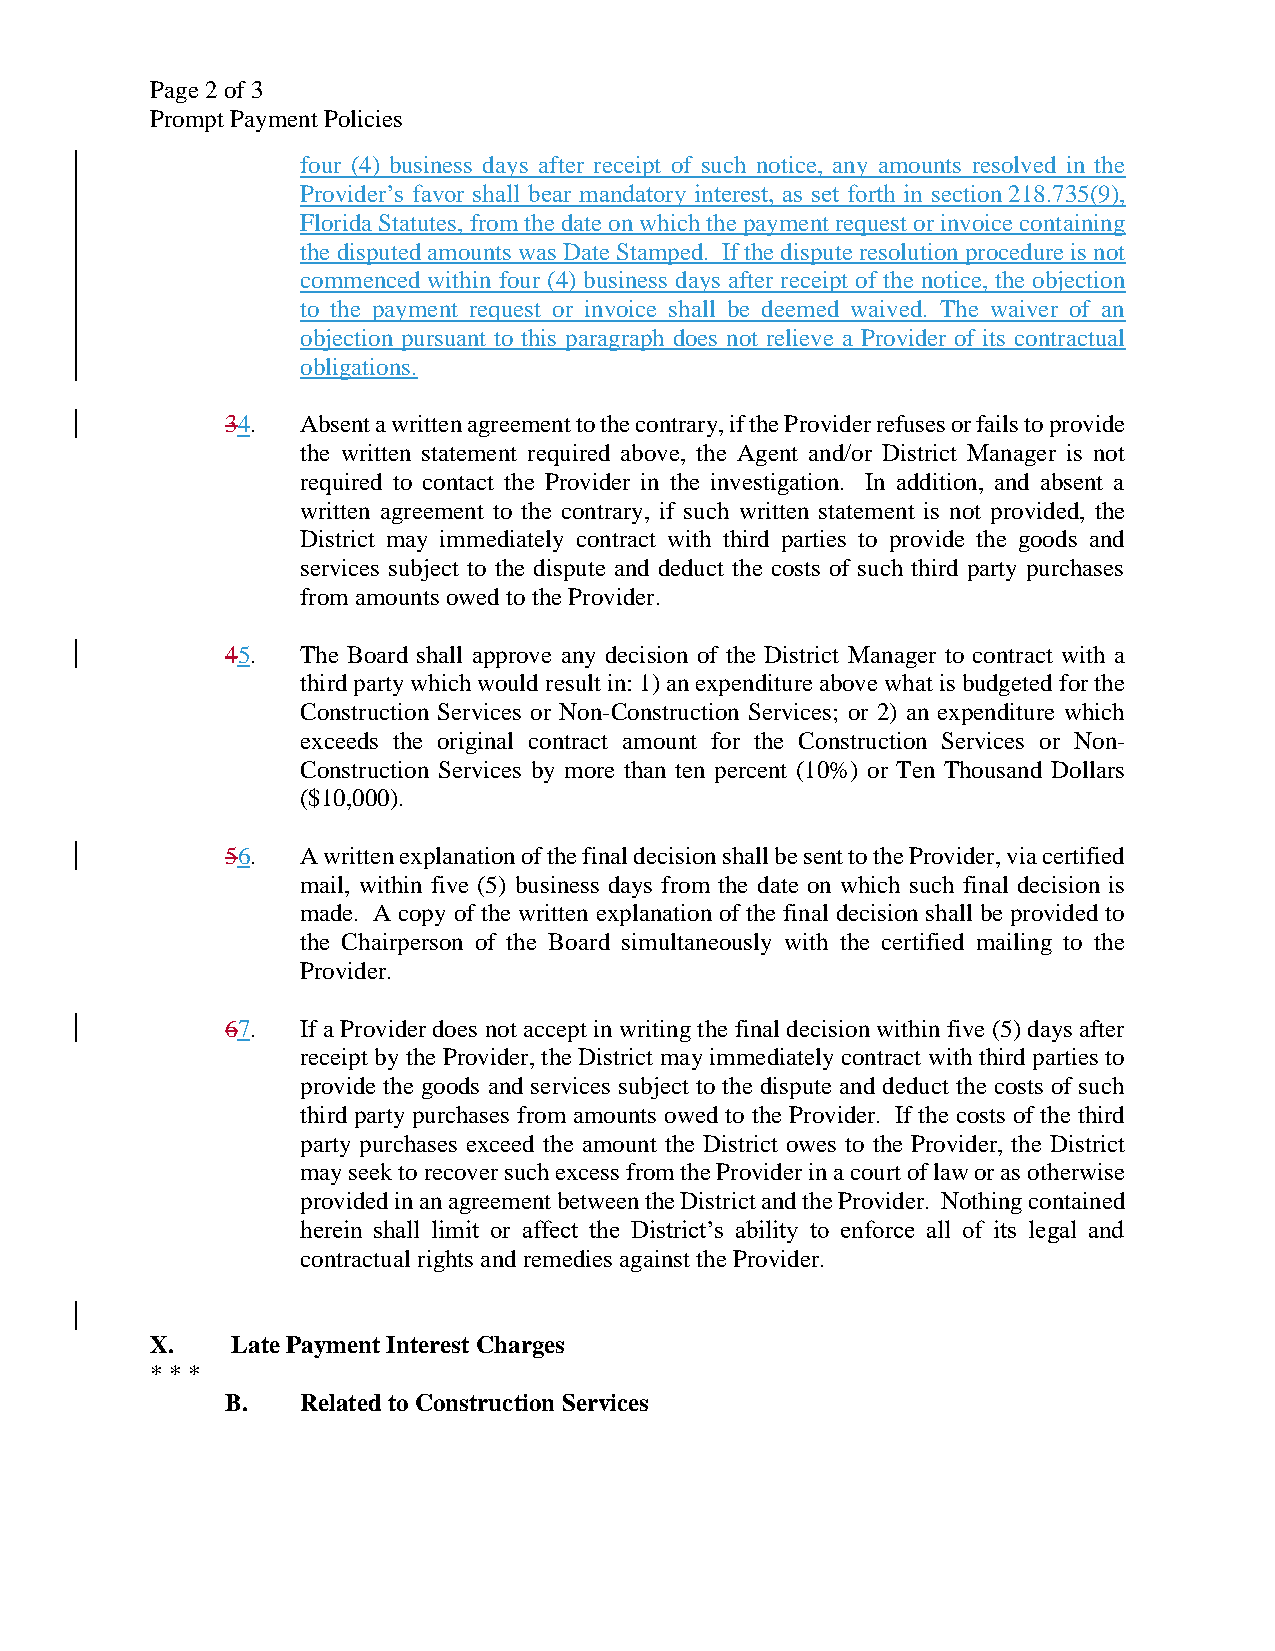
Page 2 of 3
 Prompt Payment Policies
 four (4) business days after receipt of such notice, any amounts resolved in the
 Provider’s favor shall bear mandatory interest, as set forth in section 218.735(9),
 Florida Statutes, from the date on which the payment request or invoice containing
 the disputed amounts was Date Stamped. If the dispute resolution procedure is not
 commenced within four (4) business days after receipt of the notice, the objection
 to the payment request or invoice shall be deemed waived. The waiver of an
 objection pursuant to this paragraph does not relieve a Provider of its contractual
 obligations.
 34.  Absent a written agreement to the contrary, if the Provider refuses or fails to provide
 the written statement required above, the Agent and/or District Manager is not
 required to contact the Provider in the investigation. In addition, and absent a
 written agreement to the contrary, if such written statement is not provided, the
 District may immediately contract with third parties to provide the goods and
 services subject to the dispute and deduct the costs of such third party purchases
 from amounts owed to the Provider.
 45.  The Board shall approve any decision of the District Manager to contract with a
 third party which would result in: 1) an expenditure above what is budgeted for the
 Construction Services or Non-Construction Services; or 2) an expenditure which
 exceeds the original contract amount for the Construction Services or Non-
 Construction Services by more than ten percent (10%) or Ten Thousand Dollars
 ($10,000).
 56.  A written explanation of the final decision shall be sent to the Provider, via certified
 mail, within five (5) business days from the date on which such final decision is
 made. A copy of the written explanation of the final decision shall be provided to
 the Chairperson of the Board simultaneously with the certified mailing to the
 Provider.
 67.  If a Provider does not accept in writing the final decision within five (5) days after
 receipt by the Provider, the District may immediately contract with third parties to
 provide the goods and services subject to the dispute and deduct the costs of such
 third party purchases from amounts owed to the Provider. If the costs of the third
 party purchases exceed the amount the District owes to the Provider, the District
 may seek to recover such excess from the Provider in a court of law or as otherwise
 provided in an agreement between the District and the Provider. Nothing contained
 herein shall limit or affect the District’s ability to enforce all of its legal and
 contractual rights and remedies against the Provider.
 X.   Late Payment Interest Charges
 * * *
 B.   Related to Construction Services